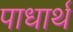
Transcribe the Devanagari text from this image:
पाधार्थ